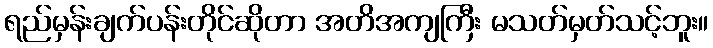
ရည်မှန်းချက်ပန်းတိုင်ဆိုတာ အတိအကျကြီး မသတ်မှတ်သင့်ဘူး။